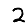
Digit: 2